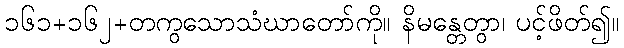
၁၆၁+၁၆၂+တကွသောသံဃာတော်ကို။ နိမန္တေတွာ၊ ပင့်ဖိတ်၍။